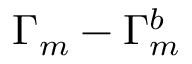
\Gamma _ { m } - \Gamma _ { m } ^ { b }